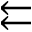
\leftleftarrows